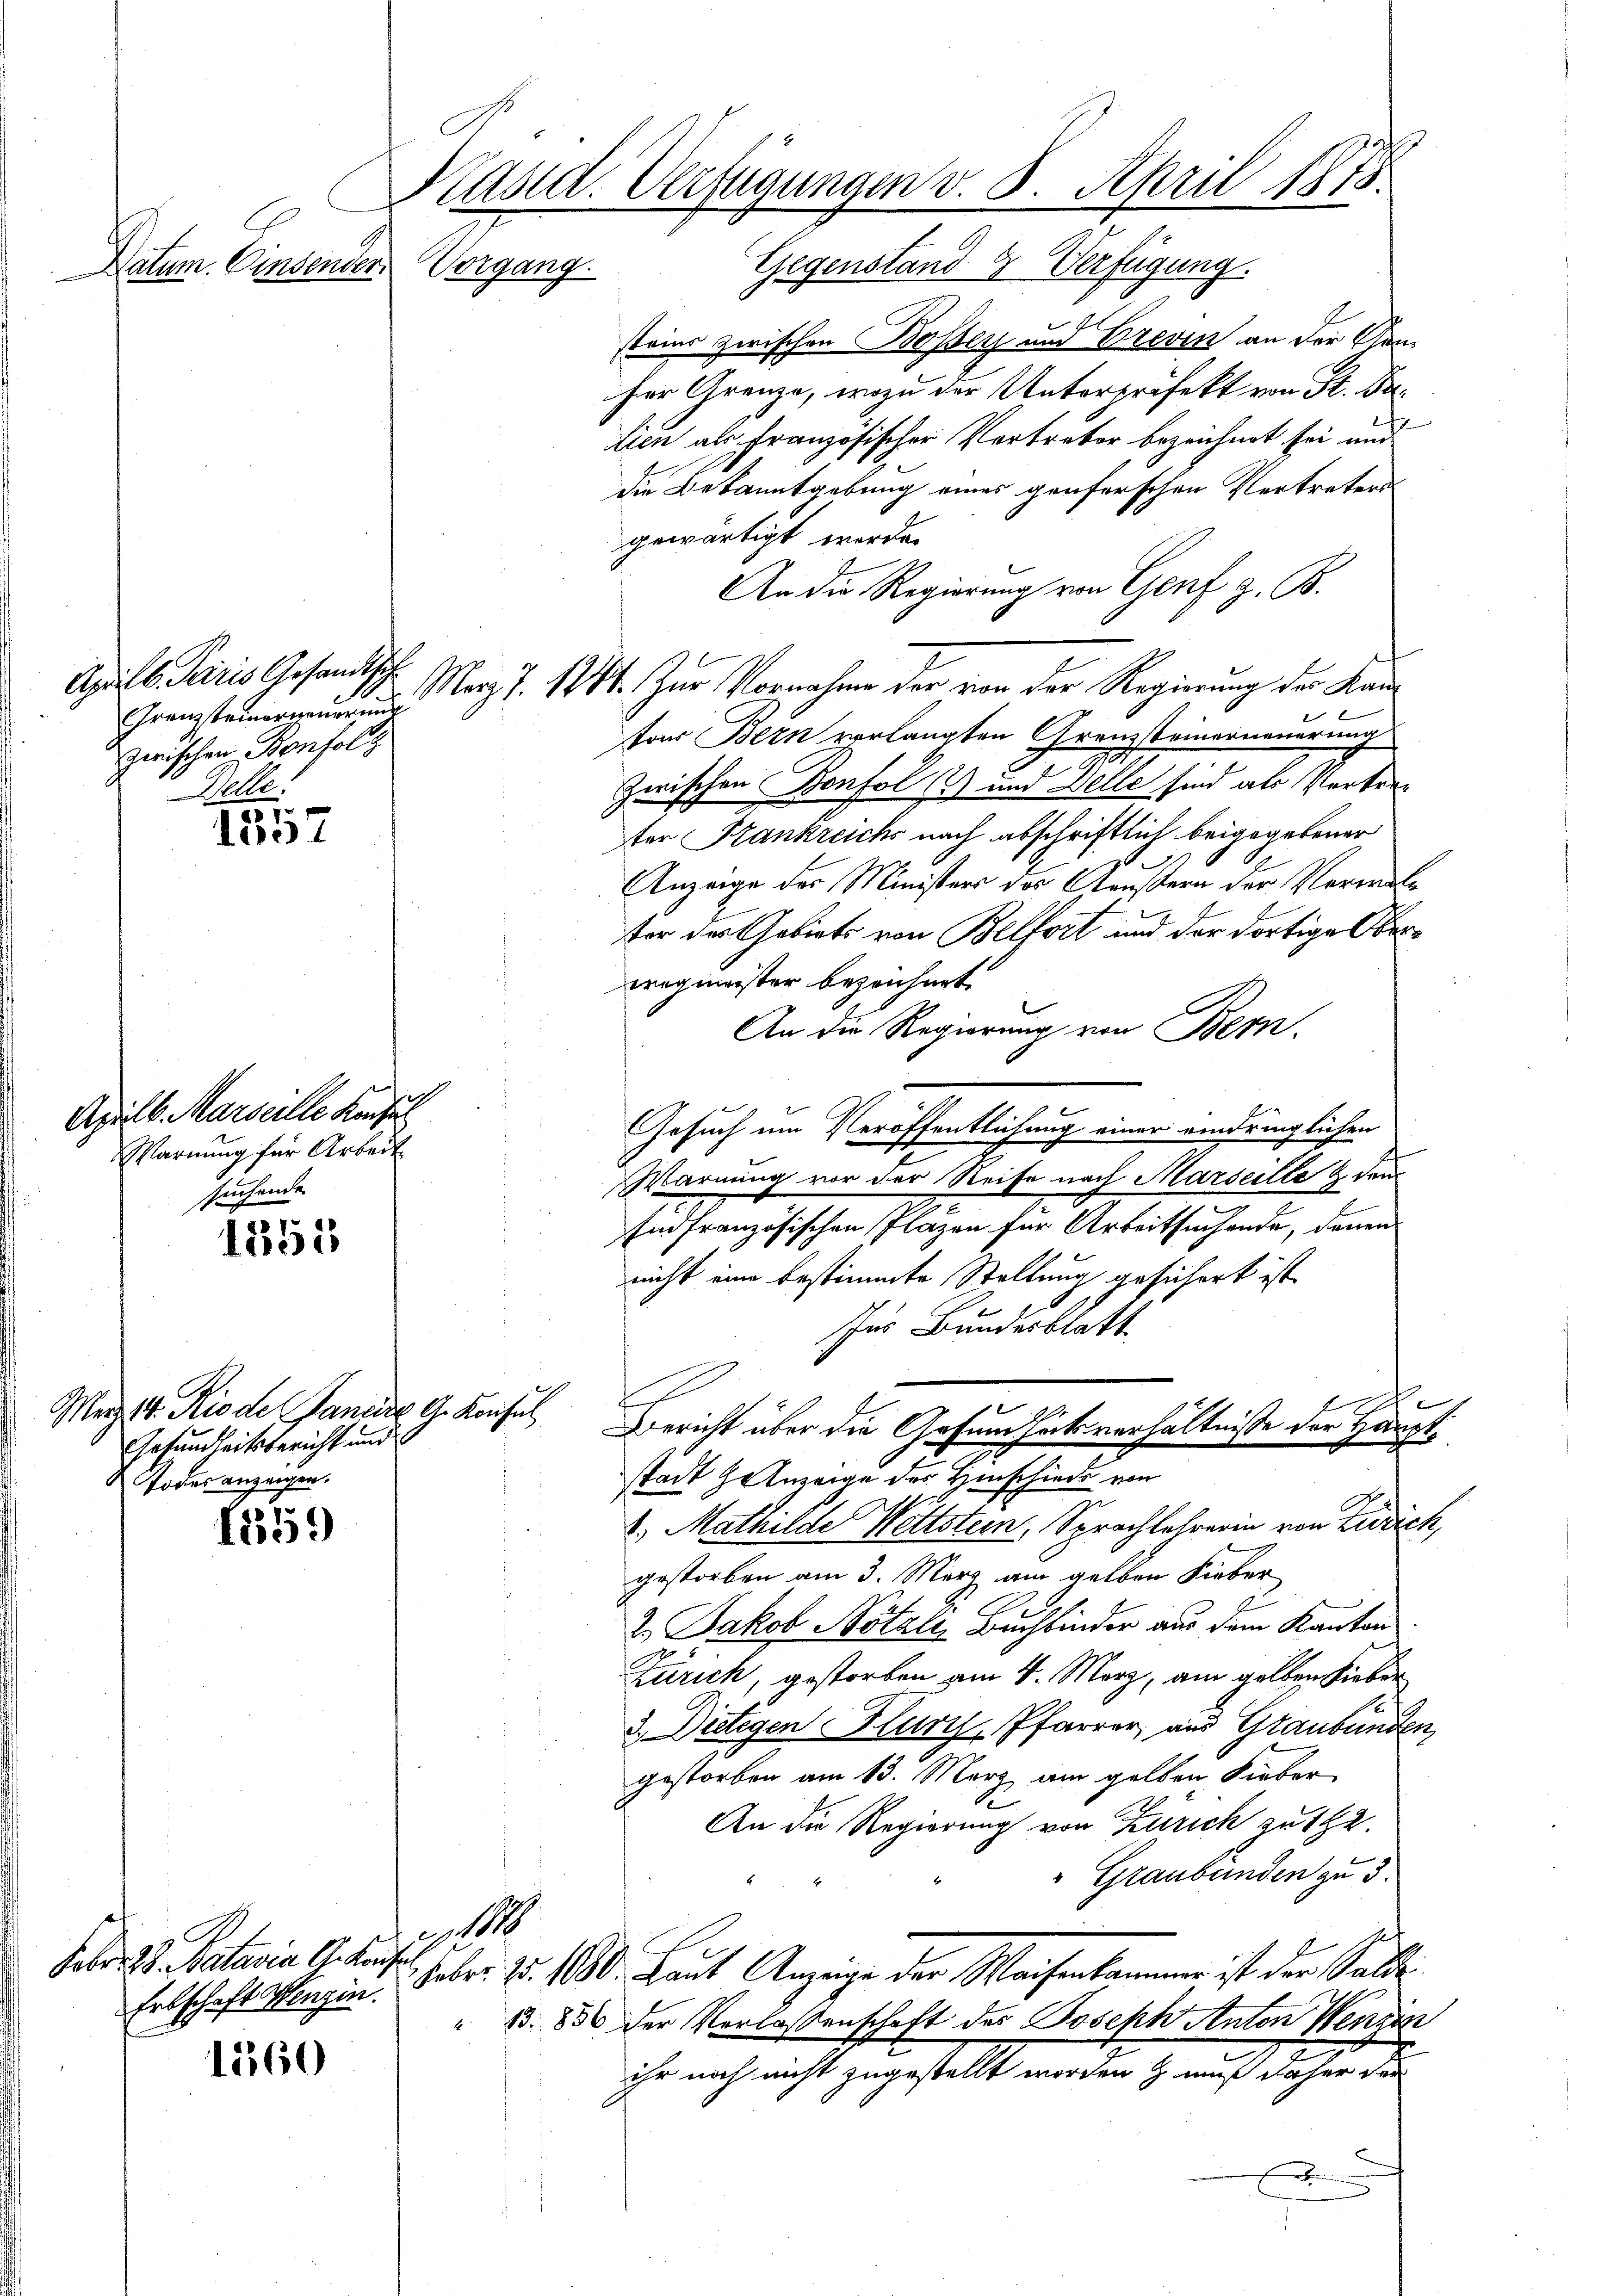
Präsid. Verfügungen v. 8. April 1875.
Vorgang. Gegenstand & Verfügung.
Datum. Einsender

Aprill. Paris Gesandtsch
Grenzsteiner neuerung
zwischen Bonfolg
Belle.

1357

Apilb. Marseille Konsul
Warnung für Arbeit
suchende

1355

Merz 14. Rio de Pandere A. Konsul
Gesundheitsbericht und
Todesanzeigen.

1559

Faber Ed. Kataria Gebres 1888

1560

steine zwischen Bosser und Brevin an der Gan
ser Grenze, wozu der Unterprifekt von St. Gelien als Französischer Vertreter bezeichnet sei und
die Bekanntgebung eines genferschen Vertreters
gewärtigt werde.
An die Regierung von Genf z. B.
May d. 1811. Zur Vornahme der von der Regierung der Kan¬
2
fo Bern verlangten Grenzsteinerneuerung
Zwischen Bonfol (2) und Delle sind als Vertreter Frankreichs nach abschriftlich beigegebener
.
Anzeige der Ministers des Aeußern der Verwaltor des Gebiets von Belfort und der dortige Oberwegmeister bezeichnet.
An die Regierung von Bern.
Gesuch um Veröffentlichung einer eindringlichen
Warnung vor der Reise nach Marseille & den
End französischen Plazen für Arbeitsuchende, denen
nicht eine bestimmte Stellung gesichert ist.
us Bundesblatt.
f
c
Bericht über die Gesundheitsverhältnisse der Hauptstadt Helweige der Hinschiede von
2. Mathilde Wettstein Sprachlehrerin von Zürich,
gestorben am 3. März am gelben Fieber
2. Jakob Nötals Buchbinder aus dem Kanton
Zürich, gestorben am 4. März, am gelten Lieber
3.) Dietigen Flury, Pfarrer, aus Graubünden,
gestorben am 13. März am gelben Sieber
An die Regierung von Zürich zu 12.
" Graubünden zu 5
Ertschaft langin. Faber zu 1080. Laut Anzeige der Machenkammer ist der Salle
" 13. 800 der Verlassenschaft des Joseph Anton Wenzin
ihr noch nicht zugestellt werden s. auch daher die
x